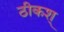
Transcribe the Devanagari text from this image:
ठीकश्